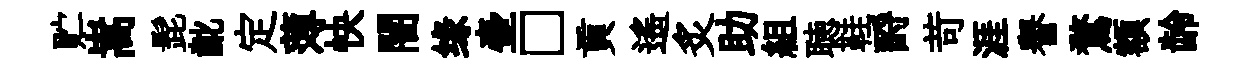
贮嵩髭齔定薄快闇缘壷□貢遙炙助組聴鞋酹苛涯譽鶩額龄